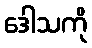
ဒေါသကို